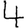
Digit: 4